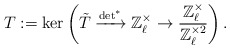
\begin{align*}T:=\ker\left( \tilde{T} \xrightarrow{\det^*} \mathbb{Z}_\ell^\times \to \frac{\mathbb{Z}_\ell^\times}{\mathbb{Z}_\ell^{\times 2}} \right).\end{align*}